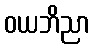
ဝယဘိညာ